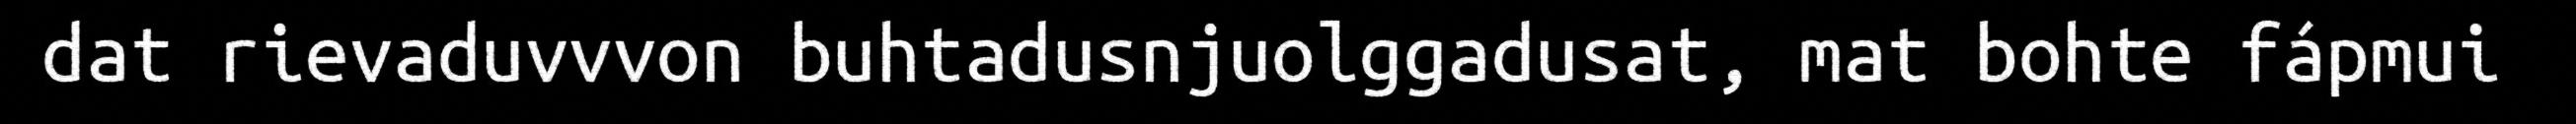
dat rievaduvvvon buhtadusnjuolggadusat, mat bohte fápmui